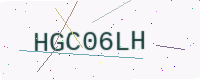
Text: HGC06LH